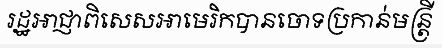
រដ្ឋអាជ្ញាពិសេសអាមេរិកបានចោទប្រកាន់មន្ត្រី